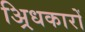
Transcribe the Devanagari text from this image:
अ्रिधकारों